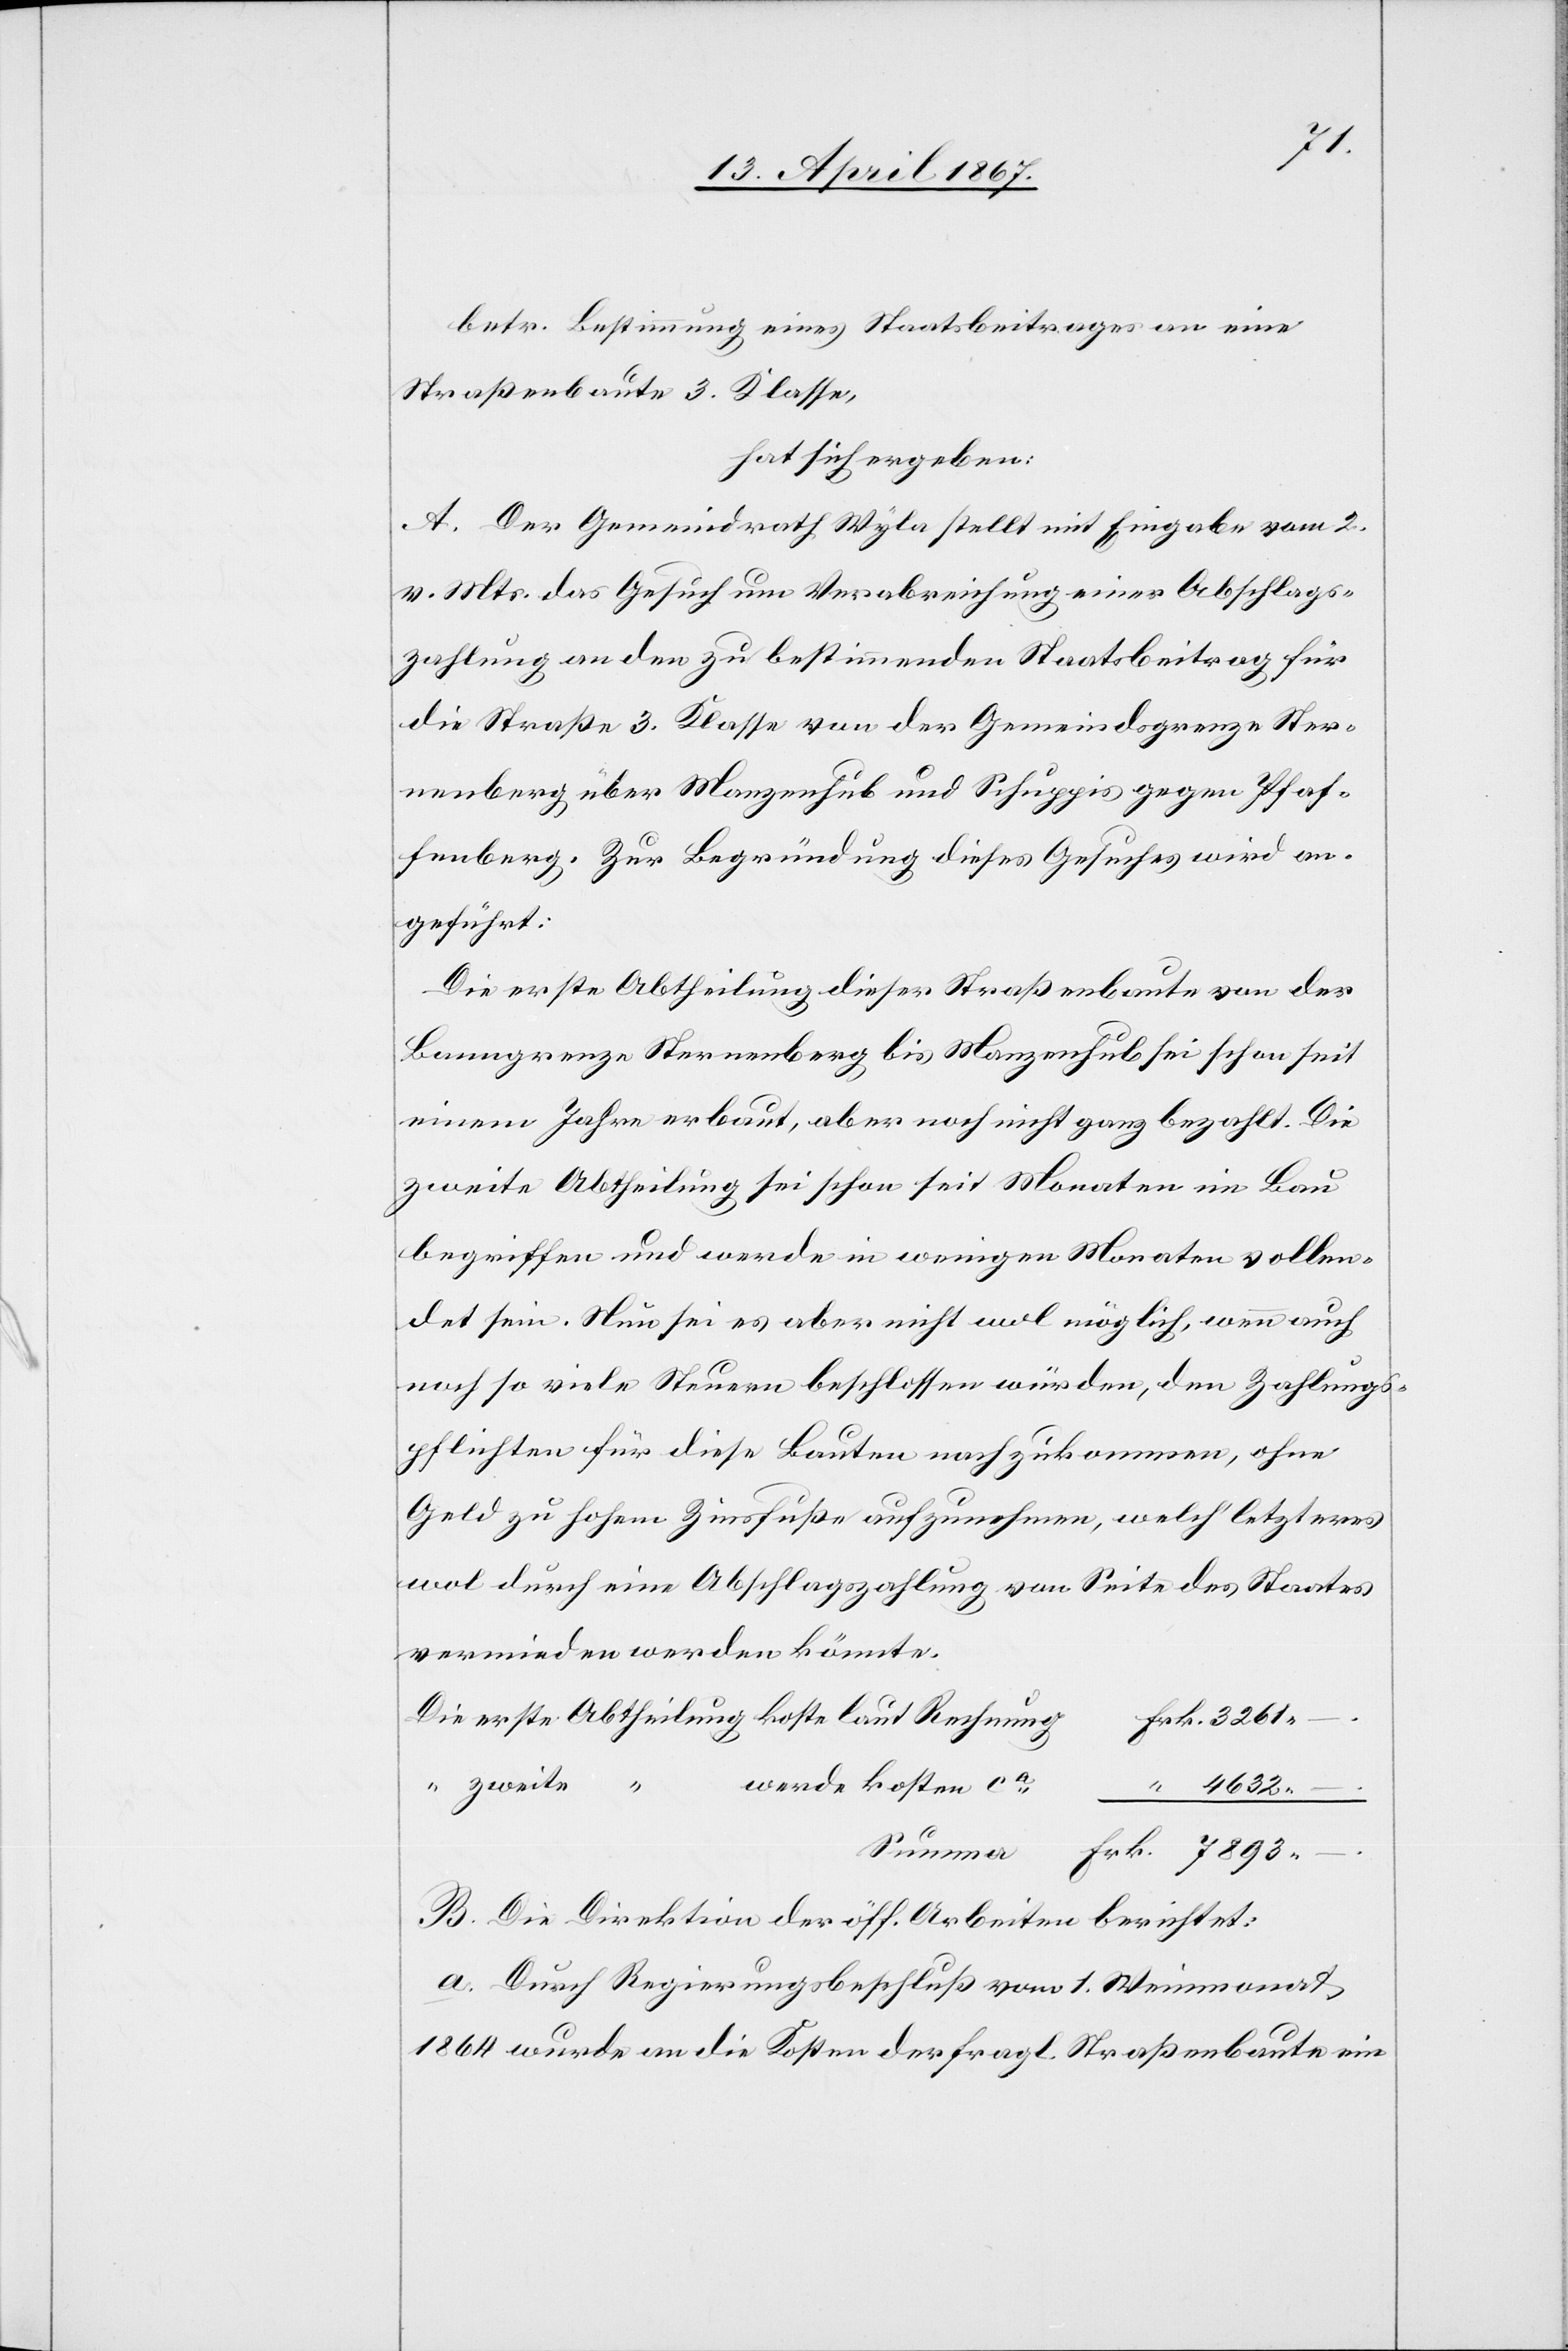
betr. Bestimmung eines Staatsbeitrages an eine
Straßenbaute 3. Klasse,
hat sich ergeben:
A. Der Gemeindrath Wyla stellt mit Eingabe vom 2.
v. Mts das Gesuch um Verabreichung einer Abschlags¬
zahlung an den zu bestimmenden Staatsbeitrag für
die Straße 3. Klasse von der Gemeindsgrenze Ster¬
nenberg über Manzenhub und Schuppis gegen Pfaf¬
fenberg. Zur Begründung dieses Gesuches wird an¬
geführt:
Die erste Abtheilung dieser Straßenbaute von der
Banngrenze Sternenberg bis Manzenhub sei schon seit
einem Jahre erbaut, aber noch nicht ganz bezahlt. Die
zweite Abtheilung sei schon seit Monaten im Bau
begriffen und werde in wenigen Monaten vollen¬
det sein. Neu sei es aber nicht wol möglich, wenn auch
noch so viele Steuern beschlossen würden, den Zahlungs¬
pflichten für diese Bauten nachzukommen, ohne
Geld zu hohem Zinsfuße aufzunehmen, welch letzteres
wol durch eine Abschlagszahlung von Seite des Staates
vermieden werden könnte.
Die 	erste 	Abtheilung koste laut Rechnun¬
g		Frk.	3261.
–.
werde kosten ca.
B. Die Direktion der öff. Arbeiten berichtet:
a. Durch Regierungsbeschluß vom 1. Weinmonat
1864 wurde an die Kosten der fragl. Straßenbaute ein